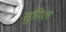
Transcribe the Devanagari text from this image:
सुमिल